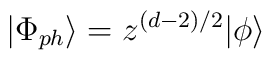
|\Phi_{ph}\rangle=z^{(d-2)/2}|\phi\rangle